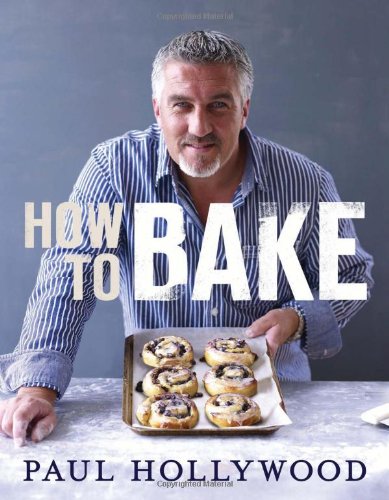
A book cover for How to Bake; Paul Hollywood; Cookbooks, Food & Wine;